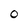
Character: 0